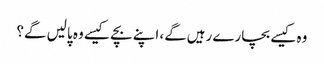
وہ کیسے بچارے رہیں‌گے، اپنے بچے کیسے وہ پالیں‌ گے؟